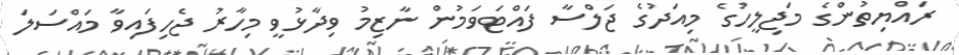
ރައްޔިތުންގެ މަޖިލީހުގެ މިއަދުގެ ޖަލްސާ ފައްޓަވަމުން ނާޒިމު ވިދާޅުވީ މިހާރު ޖެހިފައިވާ މައްސަލަ